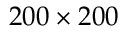
2 0 0 \times 2 0 0